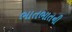
ભાતભાતની